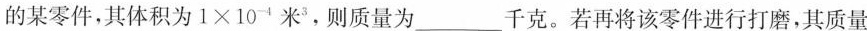
的某零件，其体积为$$1 × 1 0 ^ { - 4 }$$米^{3}，则质量为___千克。若再将该零件进行打磨，其质量